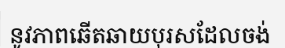
នូវភាពឆើតឆាយបុរសដែលចង់